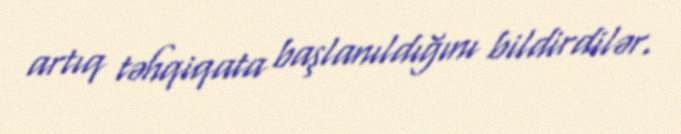
artıq təhqiqata başlanıldığını bildirdilər.